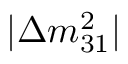
\lvert \Delta m _ { 3 1 } ^ { 2 } \rvert